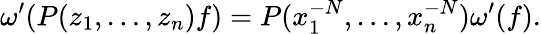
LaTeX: \omega^{\prime}(P(z_{1},\dots,z_{n})f)=P(x_{1}^{-N},\dots,x_{n}^{-N})\omega^{\prime}(f).